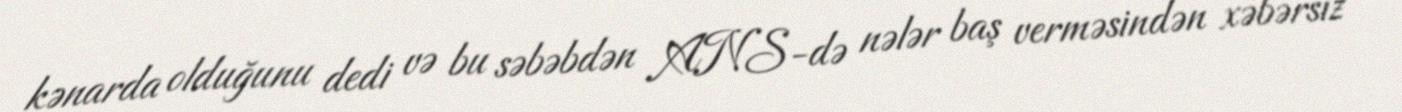
kənarda olduğunu dedi və bu səbəbdən ANS-də nələr baş verməsindən xəbərsiz